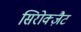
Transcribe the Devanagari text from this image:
सिरोक्ज़ैट